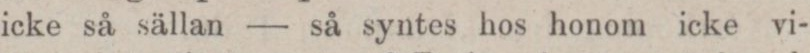
icke så sällan — så syntes hos honom icke vi-